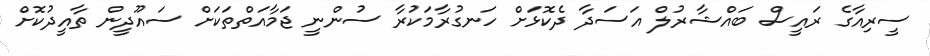
ސީރިއާގެ ރައީސް ބައްޝާރުލް އަސަދާ ދެކޮޅަށް ހަނގުރާމަކުރާ ސުންނީ ޖަމާއަތްތަކަށް ސައޫދީން ތާއީދުކޮށް